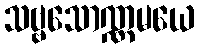
သဗ္ဗသောဏ္ဏမယေ